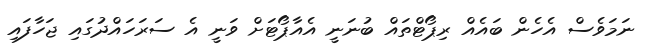
ނަމަވެސް އެހެން ބައެއް ރިޕޯޓްތައް ބުނަނީ އެއާޕޯޓަށް ވަނީ އެ ސަރަހައްދުގައި ޖަހާފައި